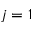
j = 1